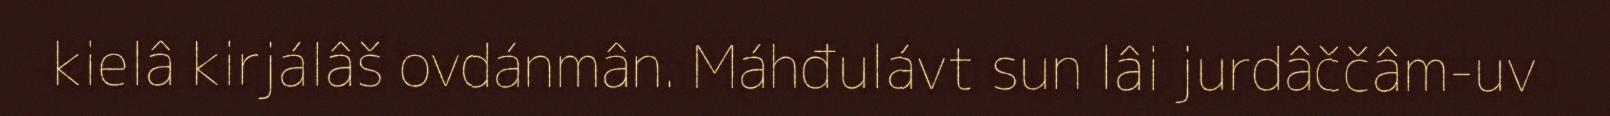
kielâ kirjálâš ovdánmân. Máhđulávt sun lâi jurdâččâm-uv